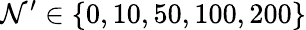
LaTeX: \mathcal{N}^{\prime}\in\{ 0,10,50,100,200\}